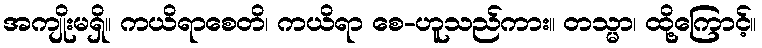
အကျိုးမရှိ။ ကယိရာစေတိ၊ ကယိရာ စေ-ဟူသည်ကား။ တသ္မာ၊ ထို့ကြောင့်။